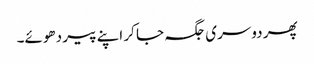
پھر دوسری جگہ جا کر اپنے پیر دھوئے۔